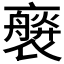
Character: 𧝻